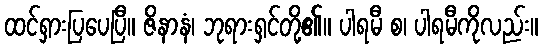
ထင်ရှားပြပေပြီ။ ဇိနာနံ၊ ဘုရားရှင်တို့၏။ ပါရမီ စ၊ ပါရမီကိုလည်း။